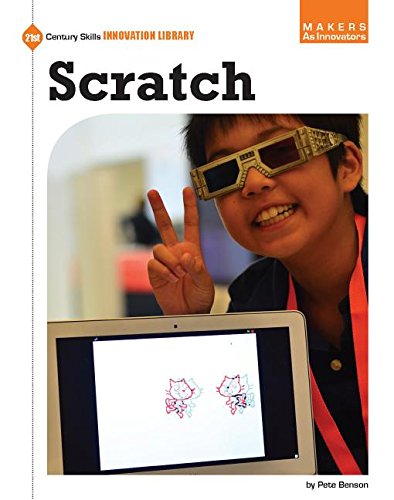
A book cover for Scratch (21st Century Skills Innovation Library: Makers as Innovators); Pete Benson; Children's Books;